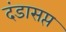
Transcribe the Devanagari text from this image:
दंडासप्त